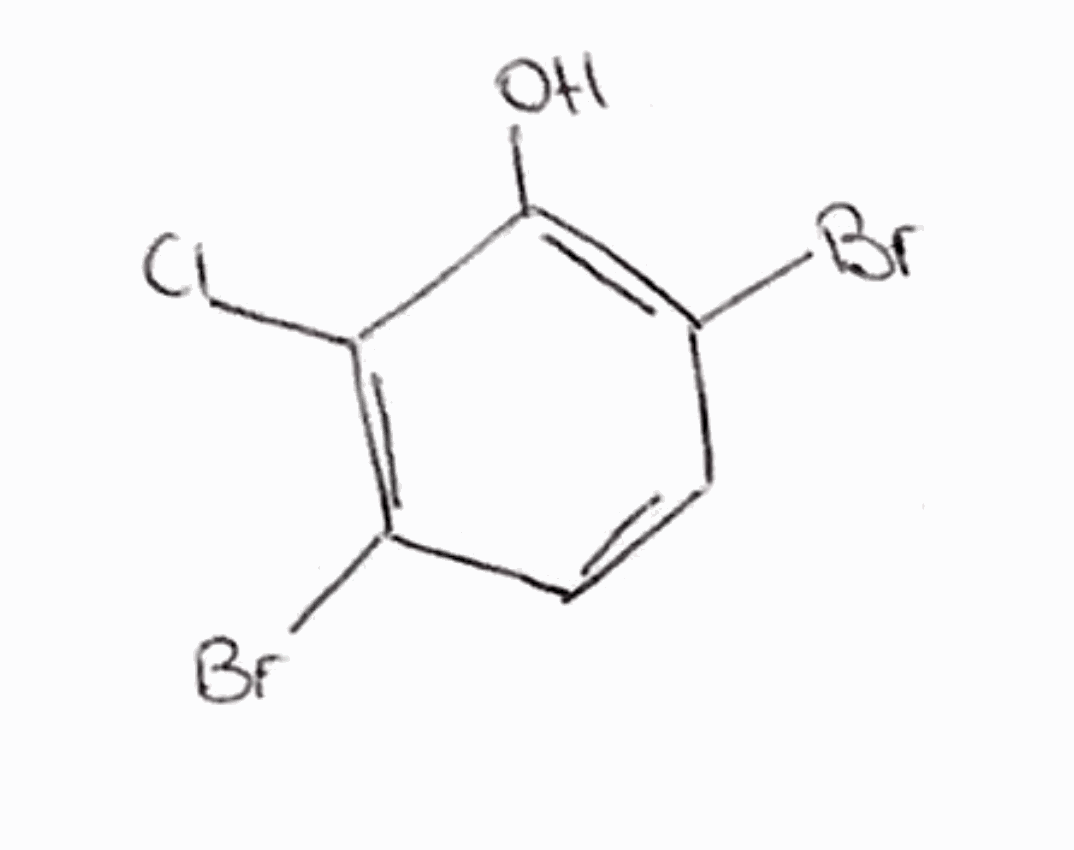
Simplified molecular-input line-entry system (SMILES) notation of the given molecule:
C1=CC(=C(C(=C1Br)O)Cl)Br